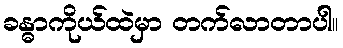
ခန္ဓာကိုယ်ထဲမှာ တက်လာတာပါ။